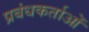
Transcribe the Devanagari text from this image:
प्रबंधकर्ताओं